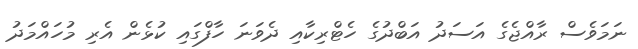
ނަމަވެސް ރާއްޖެގެ އަސަދު އަބްދުގެ ހެޓްރިކާއި ދެވަނަ ހާފްގައި ކުޅެން އެރި މުހައްމަދު